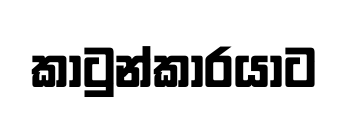
කාටුන්කාරයාට